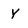
Character: Y